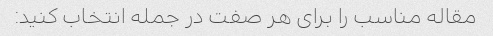
مقاله مناسب را برای هر صفت در جمله انتخاب کنید: